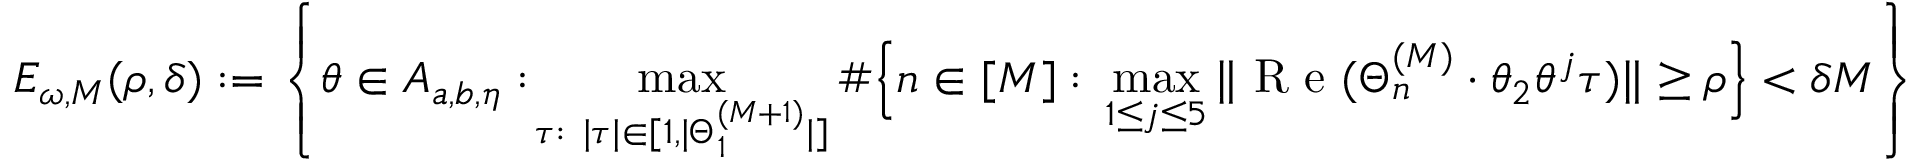
E _ { \omega , M } ( \rho , \delta ) : = \left\{ \theta \in A _ { a , b , \eta } : \! \operatorname* { m a x } _ { \tau : \ | \tau | \in [ 1 , | \Theta _ { 1 } ^ { ( M + 1 ) } | ] } \# \Bigl \{ n \in [ M ] : \, \operatorname* { m a x } _ { 1 \le j \le 5 } \| \textup { R e } ( \Theta _ { n } ^ { ( M ) } \cdot \theta _ { 2 } \theta ^ { j } \tau ) \| \ge \rho \Bigr \} < \delta M \right\}